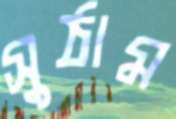
সুঠাম